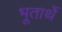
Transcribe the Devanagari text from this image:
भूतार्थे